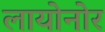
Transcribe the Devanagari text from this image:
लायोनोर